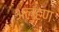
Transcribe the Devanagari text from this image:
अल्हण